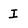
Character: I